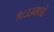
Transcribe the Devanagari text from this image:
१८३३मध्ये